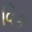
વિક